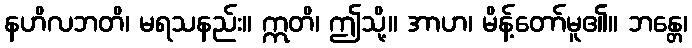
နဟိလဘတိ၊ မရသနည်း။ ဣတိ၊ ဤသို့။ အာဟ၊ မိန့်တော်မူ၏။ ဘန္တေ၊